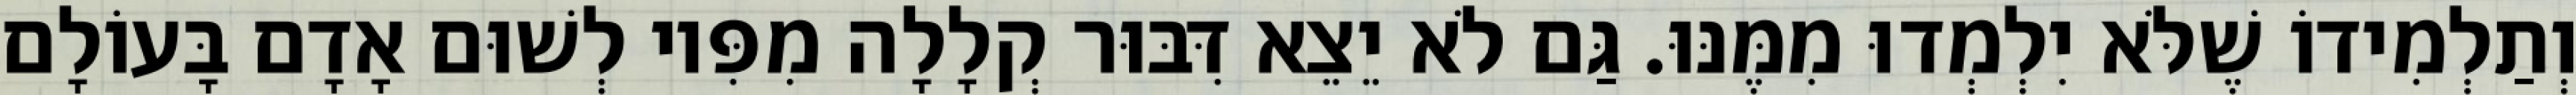
וְתַלְמִידוֹ שֶׁלֹּא יִלְמְדוּ מִמֶּנּוּ. גַּם לֹא יֵצֵא דִּבּוּר קְלָלָה מִפִּיו לְשׁוּם אָדָם בָּעוֹלָם